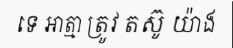
ទេ អាត្មា ត្រូវ តស៊ូ យ៉ាង